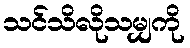
သင်သိလိုသမျှကို